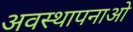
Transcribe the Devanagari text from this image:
अवस्थापनाओ